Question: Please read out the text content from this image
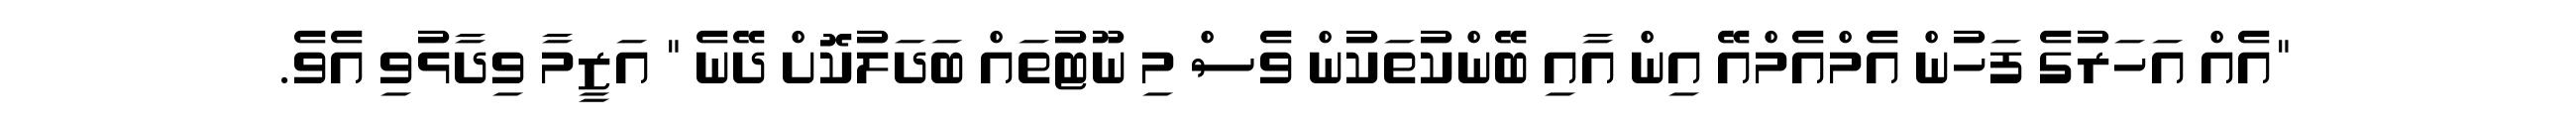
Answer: "އެއް އަހަރުގެ ފަހުން އެމްއެމްއޭ އިން އާއި ބޭންކުތަކުން ވެސް މި ނޫޓުތައް ބަދަލުކޮށް ދޭނެ " އަޒީމާ ވިދާޅުވި އެވެ.